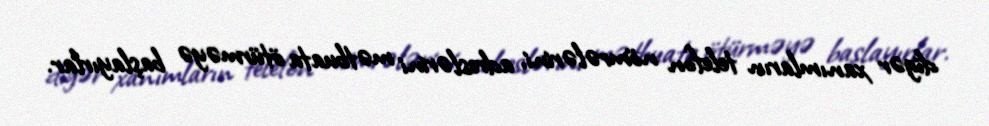
digər xanımların telefon nömrələrini, adreslərini mətbuata ötürməyə başlayırlar.